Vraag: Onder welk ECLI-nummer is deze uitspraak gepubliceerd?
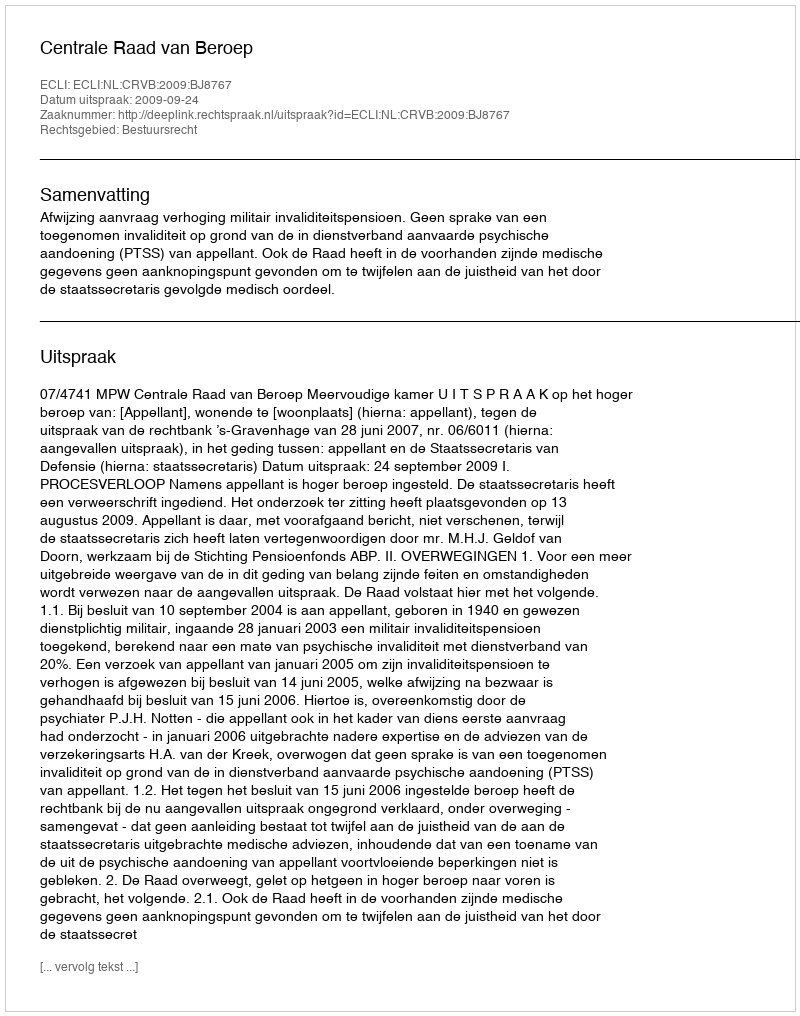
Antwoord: ECLI:NL:CRVB:2009:BJ8767